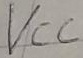
Text: VCC